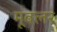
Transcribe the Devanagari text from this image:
मूवलर